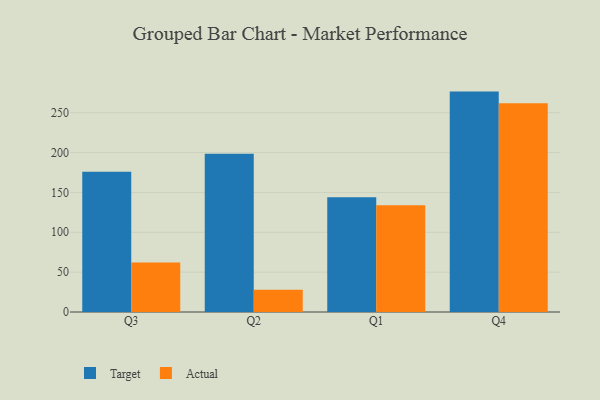
{"axis": {"x": "Quarter", "y": "Market Share (%)"}, "legend": ["Actual", "Target"], "data": [{"x": "Q3", "y": 175.9, "type": "Target"}, {"x": "Q3", "y": 62.1, "type": "Actual"}, {"x": "Q2", "y": 198.5, "type": "Target"}, {"x": "Q2", "y": 27.8, "type": "Actual"}, {"x": "Q1", "y": 144.0, "type": "Target"}, {"x": "Q1", "y": 133.8, "type": "Actual"}, {"x": "Q4", "y": 276.5, "type": "Target"}, {"x": "Q4", "y": 261.9, "type": "Actual"}]}